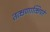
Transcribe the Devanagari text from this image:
तत्क्षणात्क्षिपते